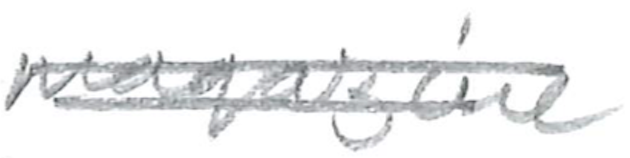
Text: magazine
Cross-out: double-line
Writing tool: pencil